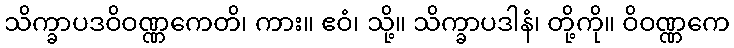
သိက္ခာပဒဝိဝဏ္ဏကေတိ၊ ကား။ ဧဝံ၊ သို့။ သိက္ခာပဒါနံ၊ တို့ကို။ ဝိဝဏ္ဏကေ